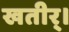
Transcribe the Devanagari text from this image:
खतीर्।